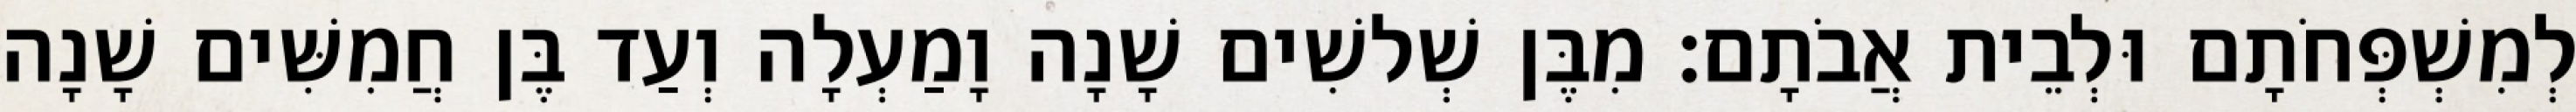
לְמִשְׁפְּחֹתָם וּלְבֵית אֲבֹתָם׃ מִבֶּן שְׁלשִׁים שָׁנָה וָמַעְלָה וְעַד בֶּן חֲמִשִּׁים שָׁנָה